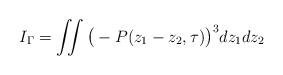
LaTeX: \begin{align*}I_\Gamma = \iint \big(-P(z_1 - z_2,\tau)\big)^3dz_1dz_2\end{align*}